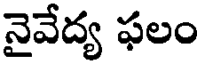
నైవేద్య ఫలం